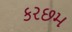
કરછમ